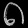
Digit: ၈